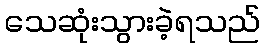
သေဆုံးသွားခဲ့ရသည်